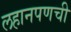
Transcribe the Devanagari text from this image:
लहानपणची